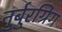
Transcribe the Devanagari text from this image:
नुर्बुरग्रिंग